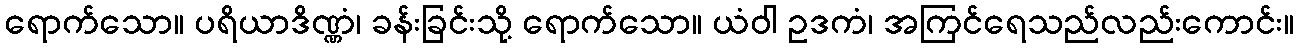
ရောက်သော။ ပရိယာဒိဏ္ဏံ၊ ခန်းခြင်းသို့ ရောက်သော။ ယံဝါ ဥဒကံ၊ အကြင်ရေသည်လည်းကောင်း။